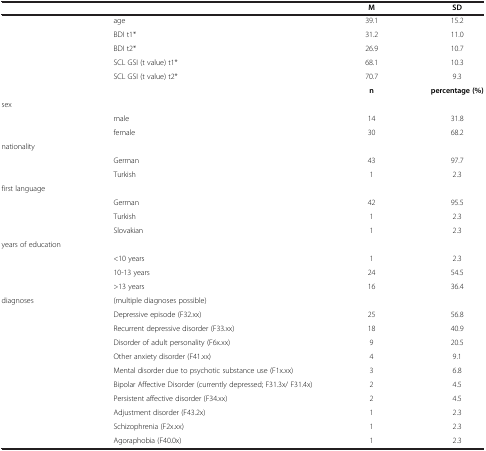
<table><thead><tr><td><b> </b></td><td><b> </b></td><td><b>M</b></td><td><b>SD</b></td></tr></thead><tbody><tr><td> </td><td>age</td><td>39.1</td><td>15.2</td></tr><tr><td> </td><td>BDI t1*</td><td>31.2</td><td>11.0</td></tr><tr><td> </td><td>BDI t2*</td><td>26.9</td><td>10.7</td></tr><tr><td> </td><td>SCL GSI (t value) t1*</td><td>68.1</td><td>10.3</td></tr><tr><td> </td><td>SCL GSI (t value) t2*</td><td>70.7</td><td>9.3</td></tr><tr><td> </td><td> </td><td><b>n</b></td><td><b>percentage (%)</b></td></tr><tr><td>sex</td><td> </td><td> </td><td> </td></tr><tr><td> </td><td>male</td><td>14</td><td>31.8</td></tr><tr><td> </td><td>female</td><td>30</td><td>68.2</td></tr><tr><td>nationality</td><td> </td><td> </td><td> </td></tr><tr><td> </td><td>German</td><td>43</td><td>97.7</td></tr><tr><td> </td><td>Turkish</td><td>1</td><td>2.3</td></tr><tr><td>first language</td><td> </td><td> </td><td> </td></tr><tr><td> </td><td>German</td><td>42</td><td>95.5</td></tr><tr><td> </td><td>Turkish</td><td>1</td><td>2.3</td></tr><tr><td> </td><td>Slovakian</td><td>1</td><td>2.3</td></tr><tr><td>years of education</td><td> </td><td> </td><td> </td></tr><tr><td> </td><td>&lt;10 years</td><td>1</td><td>2.3</td></tr><tr><td> </td><td>10-13 years</td><td>24</td><td>54.5</td></tr><tr><td> </td><td>&gt;13 years</td><td>16</td><td>36.4</td></tr><tr><td>diagnoses</td><td>(multiple diagnoses possible)</td><td> </td><td> </td></tr><tr><td> </td><td>Depressive episode (F32.xx)</td><td>25</td><td>56.8</td></tr><tr><td> </td><td>Recurrent depressive disorder (F33.xx)</td><td>18</td><td>40.9</td></tr><tr><td> </td><td>Disorder of adult personality (F6x.xx)</td><td>9</td><td>20.5</td></tr><tr><td> </td><td>Other anxiety disorder (F41.xx)</td><td>4</td><td>9.1</td></tr><tr><td> </td><td>Mental disorder due to psychotic substance use (F1x.xx)</td><td>3</td><td>6.8</td></tr><tr><td> </td><td>Bipolar Affective Disorder (currently depressed; F31.3x/ F31.4x)</td><td>2</td><td>4.5</td></tr><tr><td> </td><td>Persistent affective disorder (F34.xx)</td><td>2</td><td>4.5</td></tr><tr><td> </td><td>Adjustment disorder (F43.2x)</td><td>1</td><td>2.3</td></tr><tr><td> </td><td>Schizophrenia (F2x.xx)</td><td>1</td><td>2.3</td></tr><tr><td> </td><td>Agoraphobia (F40.0x)</td><td>1</td><td>2.3</td></tr></tbody></table>